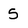
Character: 5